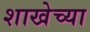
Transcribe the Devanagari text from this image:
शाखेच्‍या